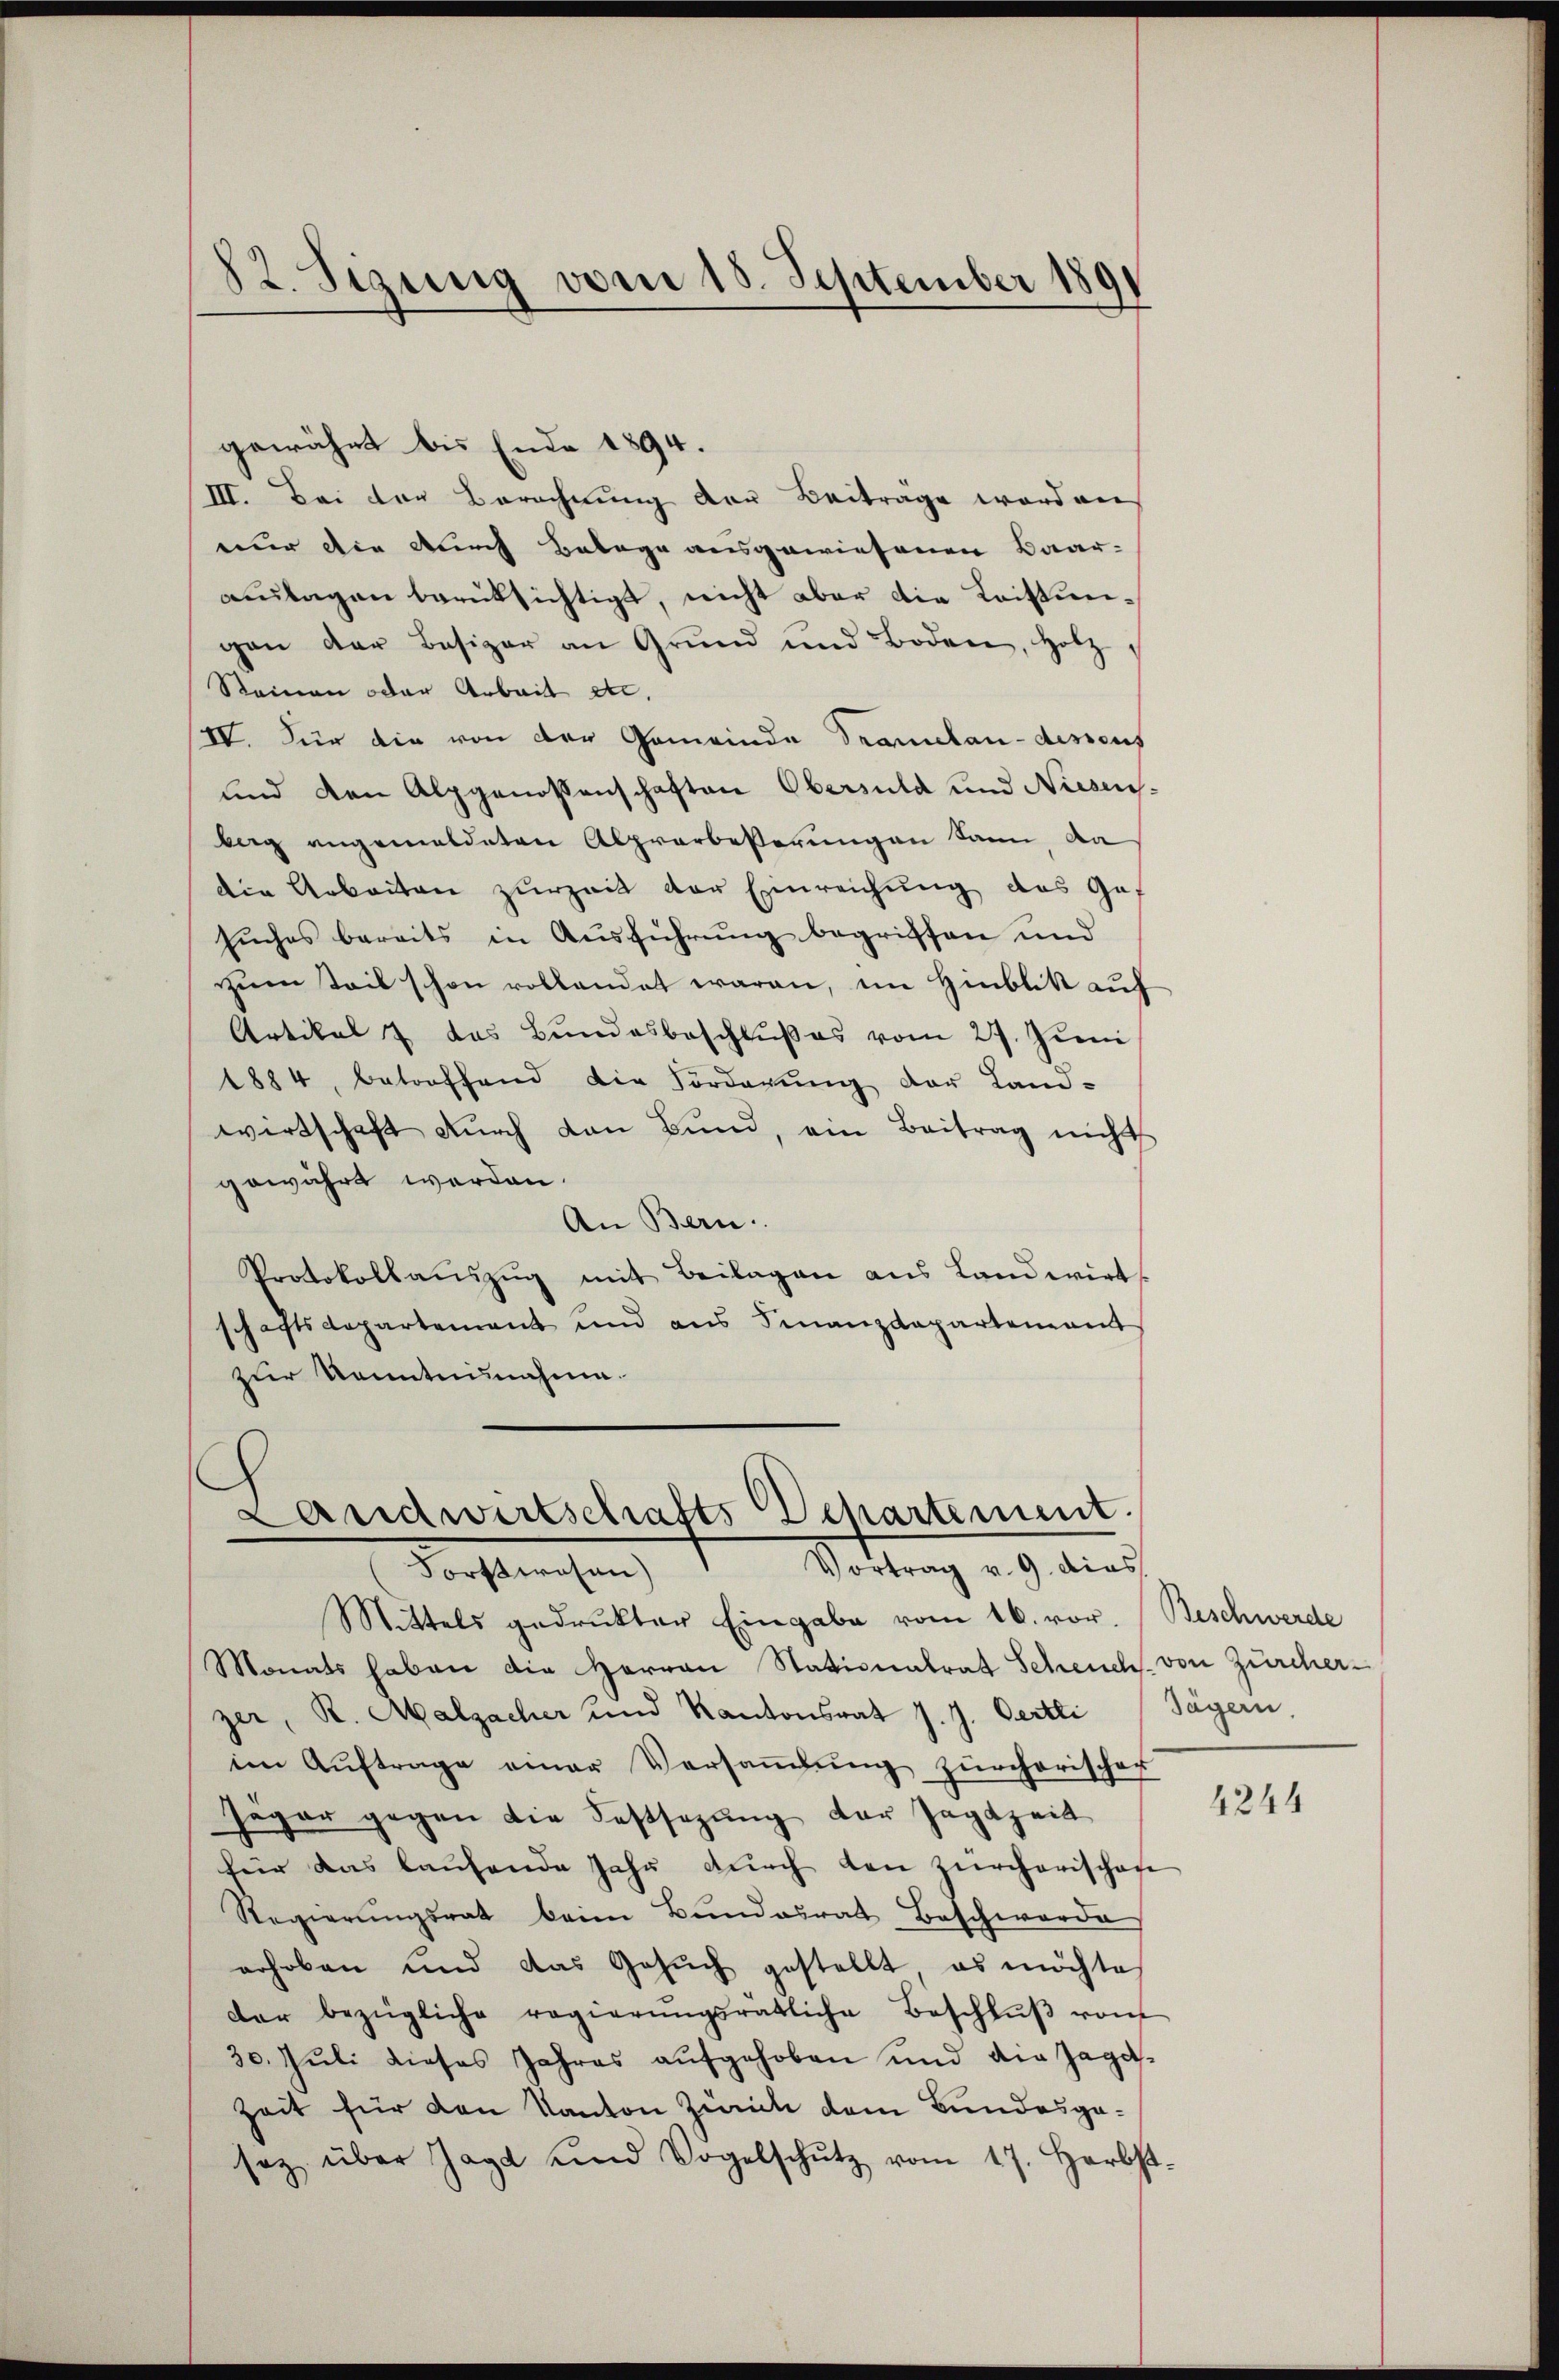
82. Sizung vom 18. September 189

gewährt bis Ende 1894.
III. Bei der Berechnung der Beiträge worden
nur die durch Belege ausgewiesenen Baaratagen berüksichtigt, nicht aber die Leistungan der Besizer an Grund und Boden, Hotz,
Reinen oder Arbeit etc.
IV. Für die von der Gemeinde Tramelau-dessens
und den Alpgenossenschaften Obersula und Niesenberg angemeldeten Alprerbeßerungen kann, da
die Arbeiten zurzeit der Einreichung des Gef
suches bereits in Ausführung begriffen und
zum Teil schon vollendet waren, im Hinblik auf
Artikal & das Bundesbeschlŭβ es vom 27. Juni
1884, betroffend die Vorderŭng der Land-
wirtschaft durch den Bund, ein Beitrag nicht
gewährt werden.
An Bern
Protokollaŭszŭg mit Beilagen aus Landwirts
schaftsdepartement und aus Finanzdepartement
zur Kenntnisnahme.
Landwirtschafts Departement.
Sottung an dies
Forstwesen)
Mittels gedrukter Eingabe vom 16. vor. (Beschwerde
Monats haben die Herren Stationalrat Scheuch von Zürcher-
zer, R. Malzacher und Kantonsrat J. J. Oertli Jägern,
im Auftrage einer Versaṁlŭng zürcherischer
segar gegen die Festsezŭng der Jagdzeit
für das laufende Jahr dŭrch den Zürcherischen
Regierungsrat beim Bundesrat Beschwerde
erhoben und das Gesŭch gestellt, es möchte
der bezügliche regierŭngsrätliche Beschlŭβ von
30. Juli dieses Jahres aŭfgehoben und die Jaga-
Zeit für den Kanton Zürich dem Bundesgasaz über Jagd und Vogelschŭtz vom 17. Herbst-

4244